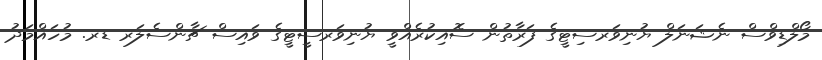
މޯލްޑިވްސް ނެޝަނަލް ޔުނިވަރސިޓީގެ ފަރާތުން ސޮއިކުރެއްވީ ޔުނިވަރސީޓީގެ ވައިސް ޗާންސެލަރ ޑރ. މުހައްމަދު